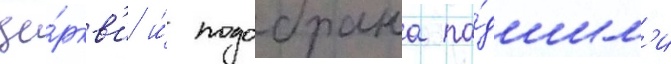
це́ркв'и и́ подобрана па́дшим'и